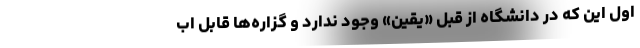
اول این که در دانشگاه از قبل «یقین» وجود ندارد و گزاره‌ها قابل اب